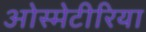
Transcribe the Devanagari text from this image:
ओस्मेटीरिया